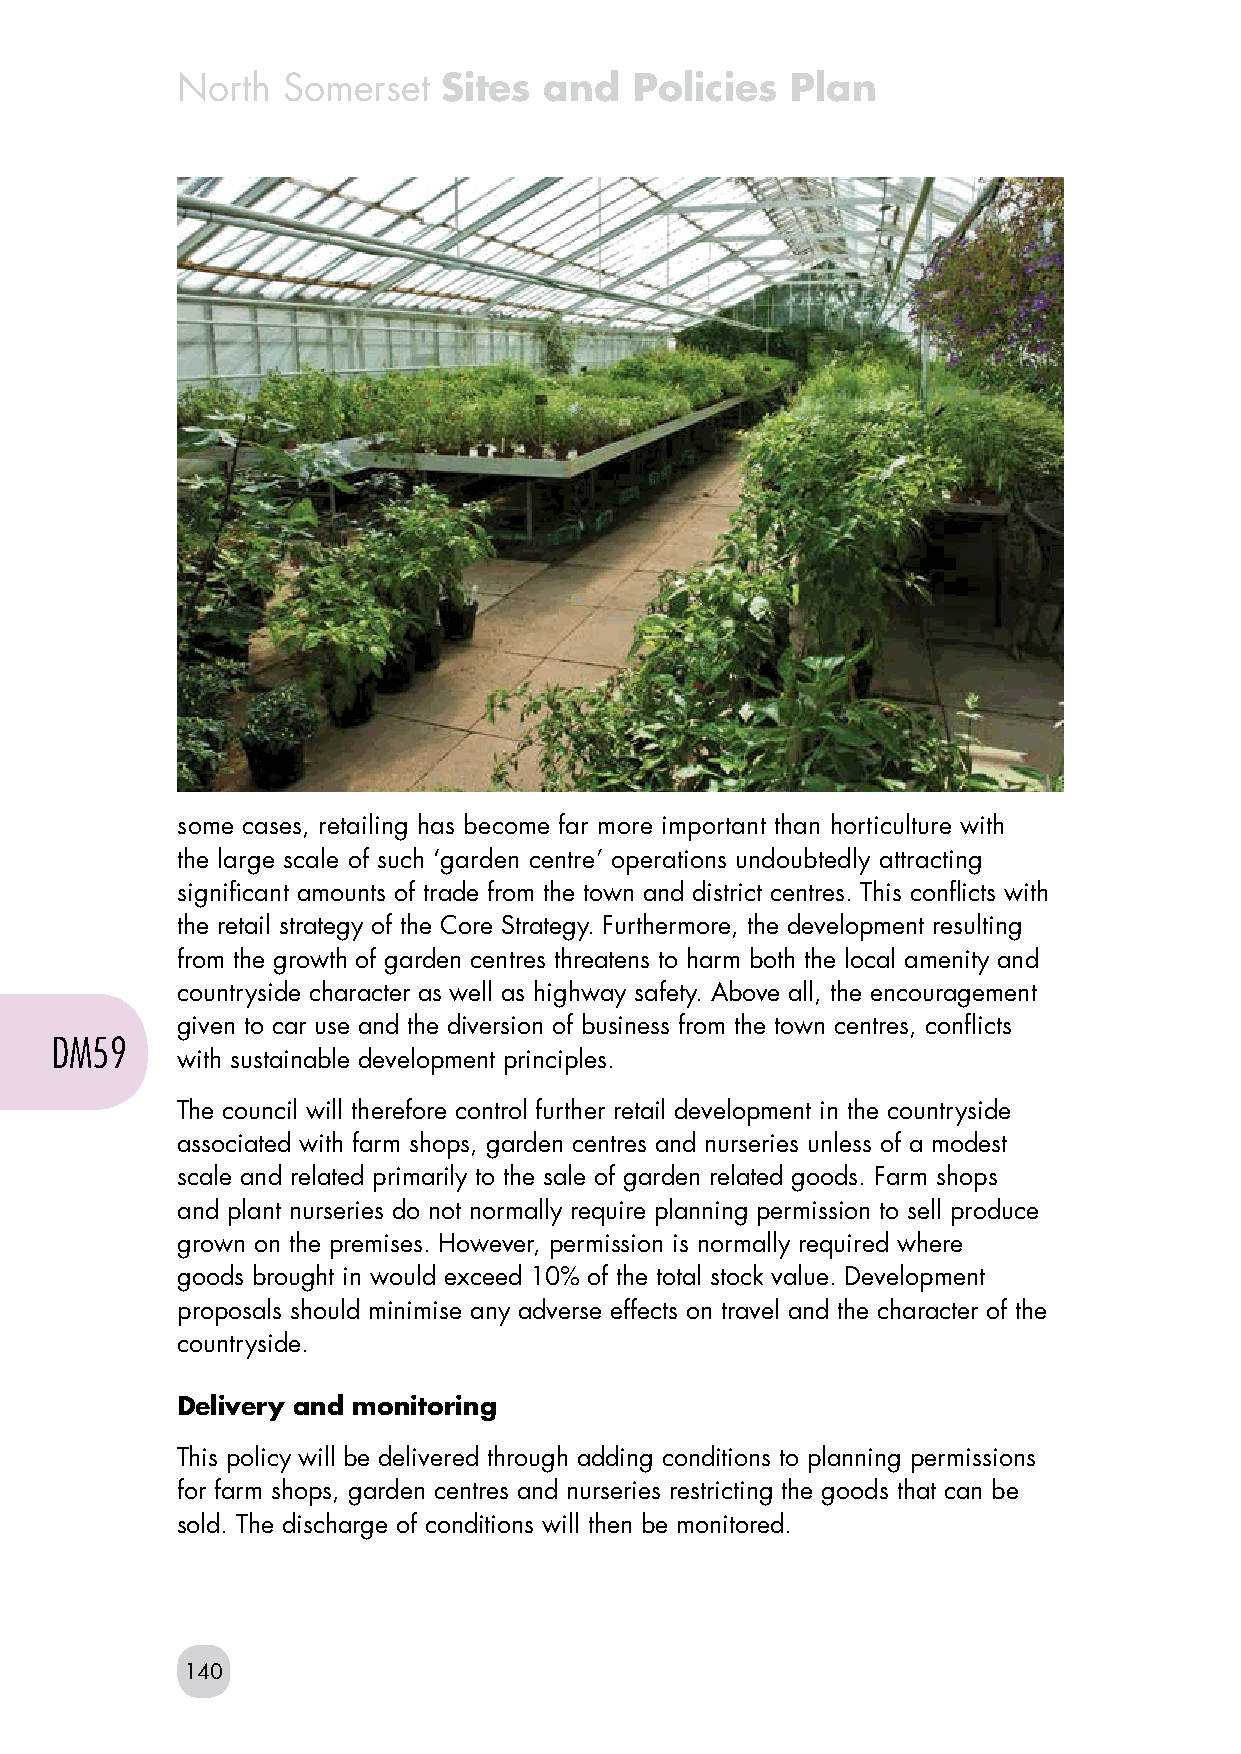
North  Somerset  Sites  and   Policies  Plan
 some cases, retailing has become far more important than horticulture with
 the large scale of such ‘garden centre’ operations undoubtedly attracting
 significant amounts of trade from the town and district centres. This conflicts with
 the retail strategy of the Core Strategy. Furthermore, the development resulting
 from the growth of garden centres threatens to harm both the local amenity and
 countryside character as well as highway safety. Above all, the encouragement
 given to car use and the diversion of business from the town centres, conflicts
 DM59
 with sustainable development principles.
 The council will therefore control further retail development in the countryside
 associated with farm shops, garden centres and nurseries unless of a modest
 scale and related primarily to the sale of garden related goods. Farm shops
 and plant nurseries do not normally require planning permission to sell produce
 grown on the premises. However, permission is normally required where
 goods brought in would exceed 10% of the total stock value. Development
 proposals should minimise any adverse effects on travel and the character of the
 countryside.
 Delivery and monitoring
 This policy will be delivered through adding conditions to planning permissions
 for farm shops, garden centres and nurseries restricting the goods that can be
 sold. The discharge of conditions will then be monitored.
 140